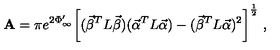
{ \bf A } = \pi e ^ { 2 \Phi _ { \infty } ^ { \prime } } \bigg [ ( { \vec { \beta } } ^ { T } L { \vec { \beta } } ) ( { \vec { \alpha } } ^ { T } L { \vec { \alpha } } ) - ( { \vec { \beta } } ^ { T } L { \vec { \alpha } } ) ^ { 2 } \bigg ] ^ { \frac { 1 } { 2 } } \ ,